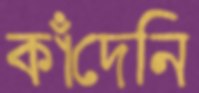
কাঁদেনি